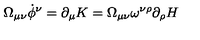
\Omega _ { \mu \nu } \dot { \phi } ^ { \nu } = \partial _ { \mu } K = \Omega _ { \mu \nu } \omega ^ { \nu \rho } \partial _ { \rho } H